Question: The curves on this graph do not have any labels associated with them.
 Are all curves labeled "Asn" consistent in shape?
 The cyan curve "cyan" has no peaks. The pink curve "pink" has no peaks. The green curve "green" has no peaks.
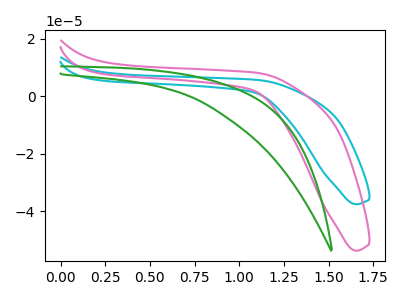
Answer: <think>Neither "cyan" or "pink" have any peaks. Neither "cyan" or "green" have any peaks. Neither "pink" or "green" have any peaks.
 </think>
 <answer>All the CV's of "Asn" have similar shape.</answer>
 <eval>follow_rule</eval>